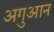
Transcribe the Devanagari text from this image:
अगुआन